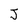
Character: J